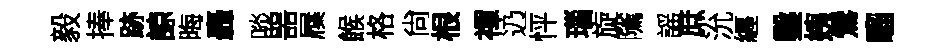
毅捧跡諒晦轟啖噐屧餱格尙根禪辸怦瑙旋隲謡庶沇纒鑿姨鶯騮